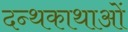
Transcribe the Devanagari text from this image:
दन्थकाथाओं